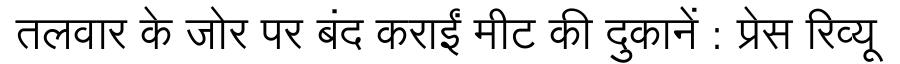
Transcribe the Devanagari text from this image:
तलवार के जोर पर बंद कराईं मीट की दुकानें : प्रेस रिव्यू